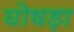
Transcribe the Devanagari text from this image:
घोषड़ा